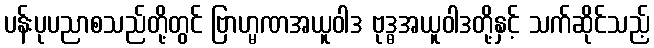
ပန်းပုပညာစသည်တို့တွင် ဗြာဟ္မဏအယူဝါဒ ဗုဒ္ဓအယူဝါဒတို့နှင့် သက်ဆိုင်သည့်